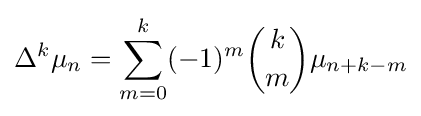
\Delta ^{k}\mu _{n}=\sum _{m=0}^{k}(-1)^{m}{k \choose m}\mu _{n+k-m}